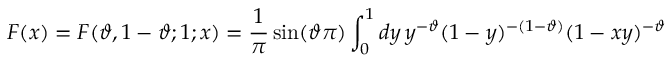
F ( x ) = F ( \vartheta , 1 - \vartheta ; 1 ; x ) = \frac { 1 } { \pi } \sin ( \vartheta \pi ) \int _ { 0 } ^ { 1 } d y \, y ^ { - \vartheta } ( 1 - y ) ^ { - ( 1 - \vartheta ) } ( 1 - x y ) ^ { - \vartheta }